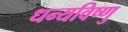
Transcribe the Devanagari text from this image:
धन्यविष्णु